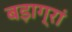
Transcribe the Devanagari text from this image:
बड़ाग्रां